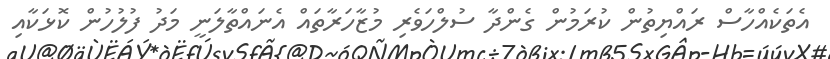
އެތަކެއްހާސް ރައްޔިތުން ކުރަމުން ގެންދާ ސުލްހަވެރި މުޒާހަރާތައް އެނައްތާލަނީ މަދު ފުލުހުން ކޮޅަކާއި